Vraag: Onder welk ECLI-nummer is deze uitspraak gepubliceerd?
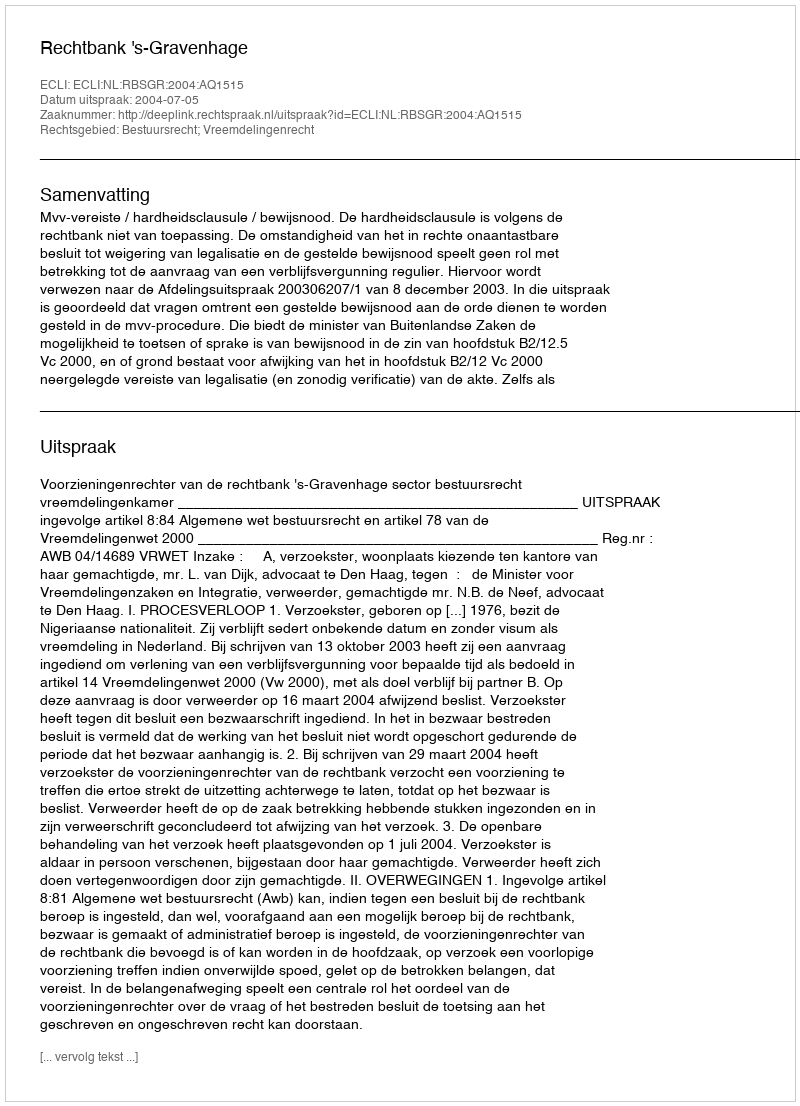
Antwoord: ECLI:NL:RBSGR:2004:AQ1515